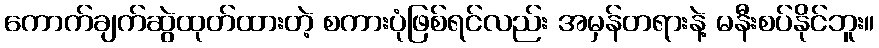
ကောက်ချက်ဆွဲထုတ်ထားတဲ့ စကားပုံဖြစ်ရင်လည်း အမှန်တရားနဲ့ မနီးစပ်နိုင်ဘူး။